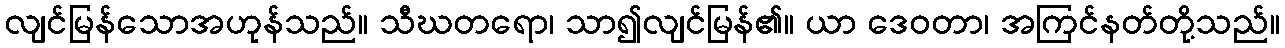
လျင်မြန်သောအဟုန်သည်။ သီဃတရော၊ သာ၍လျင်မြန်၏။ ယာ ဒေဝတာ၊ အကြင်နတ်တို့သည်။